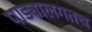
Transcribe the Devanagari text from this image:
पाड्यालगतच